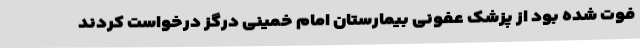
فوت شده بود از پزشک عفونی بیمارستان امام خمینی درگز درخواست کردند